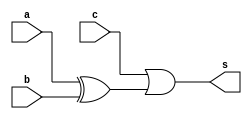
module xor_logic(input a,b,c,output s);
	assign s = c||(a^b); 
endmodule 

module csgc1(input a,b,ctl,output ctlo);
	assign ctlo = ctl || (a&&b);
endmodule 

module csgc2(input a,b,ctl,ctlp,output ctlo);
	assign ctlo = ctl || ctlp || (a&&b);
endmodule 

module fa(input a,b,c,output s,cy);
	assign s = a^b^c;
	assign cy = (a&&b)||(b&&c)||(a&&c);
endmodule

module top_p(input [31:0] a,b, output [31:0] sum);
	genvar i,x,f;
	wire [32:0] ctl;
	
	generate for(i = 0; i < 20; i = i + 1) begin
		if(i == 3 || i == 7 || i == 11 || i == 15) csgc2 log_p(a[i],b[i],ctl[i+1],ctl[i+4],ctl[i]);
		else if(i == 19) csgc1 log_p(a[i],b[i],1'b0,ctl[i]);
		else csgc1 log_p(a[i],b[i],ctl[i+1],ctl[i]);
	end 
	endgenerate
	
	generate for(x = 0; x < 20; x = x + 1) begin
		xor_logic gate_p(a[x],b[x],ctl[x],sum[x]); 
	end 
	endgenerate
	
	assign ctl[20] = 1'b0;
	generate for(f = 20; f < 32; f = f + 1)begin
		if(f == 20) fa adder_p(a[f],b[f],ctl[f],sum[f],ctl[f+1]);
		else fa adder_p(a[f],b[f],ctl[f],sum[f],ctl[f+1]);
	end
	endgenerate 
	
endmodule 

module top_n(input [31:0] a,bb, output [31:0] sum);
	genvar i,x,f;
	wire [32:0] ctl;
	wire [31:0] b;
	
   assign b = ~bb;

	generate for(i = 0; i < 20; i = i + 1) begin
		if(i == 3 || i == 7 || i == 11 || i == 15) csgc2 log_n(a[i],b[i],ctl[i+1],ctl[i+4],ctl[i]);
		else if(i == 19) csgc1 log_n(a[i],b[i],1'b0,ctl[i]);
		else csgc1 log_n(a[i],b[i],ctl[i+1],ctl[i]);
	end 
	endgenerate
	
	generate for(x = 0; x < 20; x = x + 1) begin
		xor_logic gate_n(a[x],b[x],ctl[x],sum[x]); 
	end 
	endgenerate
	
	assign ctl[20] = 1'b1;
	generate for(f = 20; f < 32; f = f + 1)begin
		if(f == 20) fa adder_n(a[f],b[f],ctl[f],sum[f],ctl[f+1]);
		else fa adder_n(a[f],b[f],ctl[f],sum[f],ctl[f+1]);
	end
	endgenerate 
	
endmodule 

module fir(input [31:0]x, output reg [31:0]y, input clk);
	wire [31:0] s1,s2,s3,s4,s5,s6,a1,a2,a3,a4,a5;
	reg [31:0] d[9:0];
	wire [31:0] sum[8:0];
	
        top_n n1(x<<7,x,s1);
        top_n n2(s1,x<<5,s2);
        top_n n3(x<<1,s2,s3);
        top_n n4(s2,x<<4,s4);
        top_n n5(s4,x,s5);
        top_n n6(a1,x,s6);

        top_p p1(s4,x<<1,a1);
        top_p p2(s6,x<<9,a2);
        top_p p3(x<<7,x,a3);
        top_p p4(a2,a3,a4);
        top_p p5(s3,s5,a5);
		
		  top_p p21(d[0],s2,sum[0]);
		  top_p p22(d[1],s3,sum[1]);
		  top_p p23(d[2],a5,sum[2]);
		  top_p p24(d[3],s5,sum[3]);
		  top_p p25(d[4],a1,sum[4]);
		  top_p p26(d[5],s6,sum[5]);
		  top_p p27(d[6],a2,sum[6]);
		  top_p p28(d[7],a4,sum[7]); 
		  top_p p29(d[8],a3,sum[8]);

		
	always@(posedge clk)begin
		d[0] <= s1;
		d[1] <= sum[0];
		d[2] <= sum[1];
		d[3] <= sum[2];
		d[4] <= sum[3];
		d[5] <= sum[4];
		d[6] <= sum[5];
		d[7] <= sum[6];
		d[8] <= sum[7];
		y <= sum[8];
	end
	
endmodule